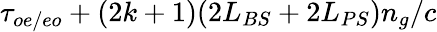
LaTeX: \tau_{oe/eo}+(2k+1)(2L_{BS}+2L_{PS})n_{g}/c